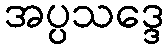
အပ္ပသဒ္ဒေ